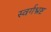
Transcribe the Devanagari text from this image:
स्वर्गभ्रष्ट